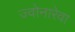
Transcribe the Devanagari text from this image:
ज्वोनारेवा